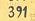
391